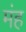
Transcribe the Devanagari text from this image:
मंह